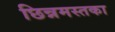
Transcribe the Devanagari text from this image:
छिन्नमस्तका